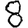
Digit: 8